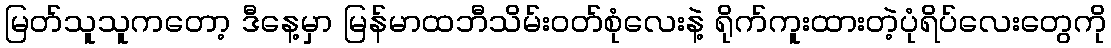
မြတ်သူသူကတော့ ဒီနေ့မှာ မြန်မာထဘီသိမ်းဝတ်စုံလေးနဲ့ ရိုက်ကူးထားတဲ့ပုံရိပ်လေးတွေကို